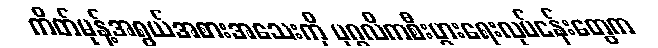
ကိတ်မုန့်အရွယ်အစားအသေးကို ပုဂ္ဂလိကစီးပွားရေးလုပ်ငန်းတွေက